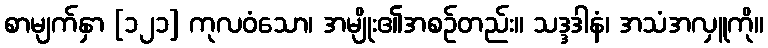
စာမျက်နှာ [၁၂၁] ကုလဝံသော၊ အမျိုး၏အစဉ်တည်း။ သဒ္ဒဒါနံ၊ အသံအလှူကို။